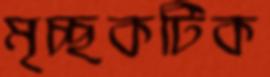
মৃচ্ছকটিক